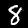
Digit: 8